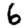
Digit: 6